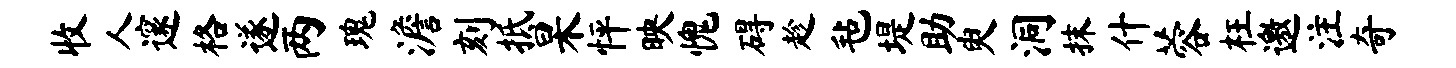
收人邃格遂两瑰澹刻抵杲怦映愧碍趁毡堤助臾洞抹什蓉枉邀注奇